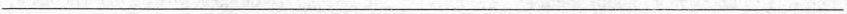
___